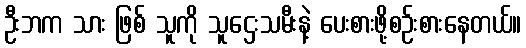
ဦးဘက သား ဖြစ် သူကို သူဌေးသမီးနဲ့ ပေးစားဖို့စဉ်းစားနေတယ်။